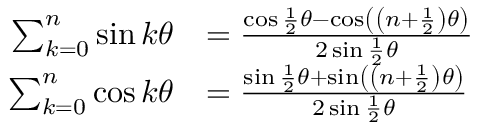
{ \begin{array} { r l } { \sum _ { k = 0 } ^ { n } \sin k \theta } & { = { \frac { \cos { \frac { 1 } { 2 } } \theta - \cos \left( \left( n + { \frac { 1 } { 2 } } \right) \theta \right) } { 2 \sin { \frac { 1 } { 2 } } \theta } } } \\ { \sum _ { k = 0 } ^ { n } \cos k \theta } & { = { \frac { \sin { \frac { 1 } { 2 } } \theta + \sin \left( \left( n + { \frac { 1 } { 2 } } \right) \theta \right) } { 2 \sin { \frac { 1 } { 2 } } \theta } } } \end{array} }